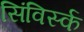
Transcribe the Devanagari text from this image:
सिंविर्स्क